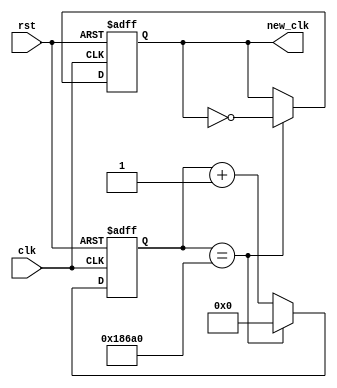
`timescale 1ns / 1ps

module clock_div(
    input clk,
    input rst,
    output reg new_clk
    );
    

    localparam define_speed = 26'd100000;

    reg [25:0] count;
    
  
    always @ (posedge(clk),posedge(rst))
    begin
   
        if (rst == 1'b1)
        begin 
            count = 26'b0;   
            new_clk = 1'b0;            
        end
 
        else if (count == define_speed)
        begin
            count = 26'b0;
            new_clk = ~new_clk;
        end
     
        else
        begin
            count = count + 1'b1;
            new_clk = new_clk;
        end
    end
endmodule